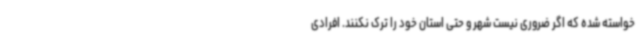
خواسته شده که اگر ضروری نیست شهر و حتی استان خود را ترک نکنند. افرادی